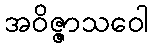
အဝိဇ္ဇာသဝေါ